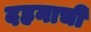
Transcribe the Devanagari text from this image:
दहनाची